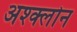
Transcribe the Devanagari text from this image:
अश्क्लोन